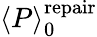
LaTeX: \langle P\rangle_{0}^{\mathrm{repair}}